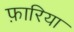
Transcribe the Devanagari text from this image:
फ़ारिया